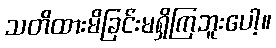
သတိထားမိခြင်းမရှိကြဘူးပေါ့။